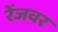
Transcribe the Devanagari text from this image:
रेंजवर